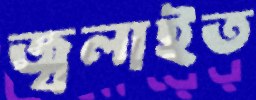
জ্বলাইত